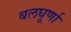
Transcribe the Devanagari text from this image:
बलघूर्णा